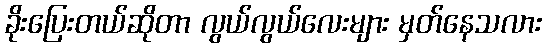
ခိုးပြေးတယ်ဆိုတာ လွယ်လွယ်လေးများ မှတ်နေသလား